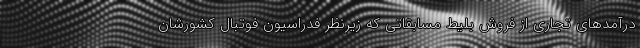
درآمدهای تجاری از فروش بلیط مسابقاتی که زیرنظر فدراسیون فوتبال کشورشان